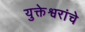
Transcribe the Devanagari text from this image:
युक्तेश्वरांचे